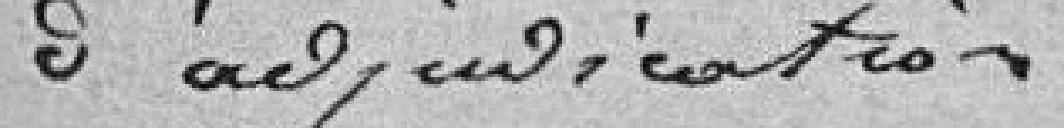
d'adjudication